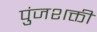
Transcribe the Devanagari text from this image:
पुंजशक्ती